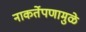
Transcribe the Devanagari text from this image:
नाकर्तेपणामुळे